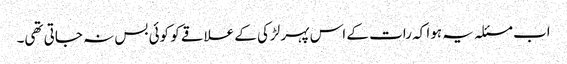
اب مسئلہ یہ ہوا کہ رات کے اس پہر لڑکی کے علاقے کو کوئی بس نہ جاتی تھی۔